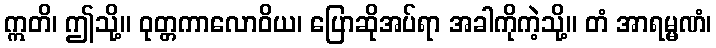
ဣတိ၊ ဤသို့။ ဝုတ္တကာလောဝိယ၊ ပြောဆိုအပ်ရာ အခါကိုကဲ့သို့။ တံ အာရမ္မဏံ၊